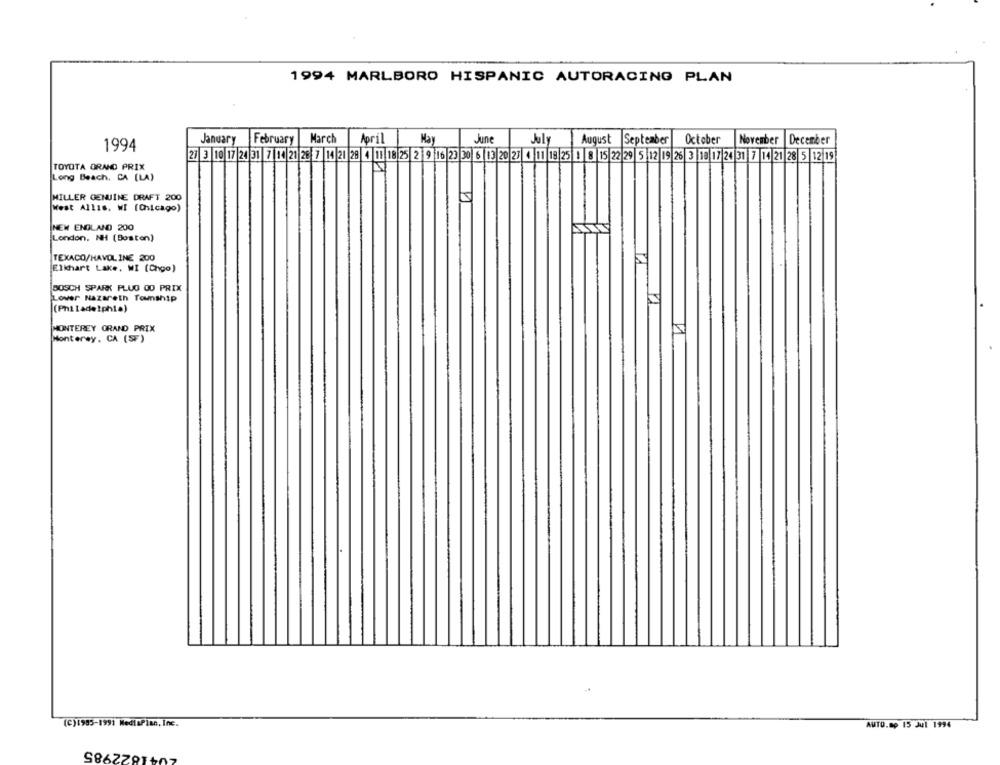
1994 MARLBORO HISPANIC AUTORACING PLAN
January February |March
April
May
June
July
August September October
November |December
1994
21 3 10 17 21 31 7 11 21 28 7 14 21 28 4 11 18 25 2 9 16 23 30 6 13 20 27 4 11 18 25 1 |8 15 22 29 5 12 19 26 3 18 11 24 31 7 14 21 28 5 12 19
TOYOTA GRAND PRIX
Long Beach, CA [LA)
MILLER GENUINE DRAFT 200
West Allis. WI [Chicago)
NEW ENGLAND 200
London, NH (Boston)
TEXACO/HAVOLINE 200
Elkhart Lake, WI (Chgo)
BOSCH SPARK PLUG 00 PRIX
Lower Nazareth Township
(Philadelphia)
MONTEREY GRAND PRIX
Monterey. CA (SF)
(C)1985-1991 MediaPlan,Inc.
AUTO.mo 15 Jul 1994
1822985